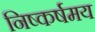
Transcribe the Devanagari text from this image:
निष्कर्षमय